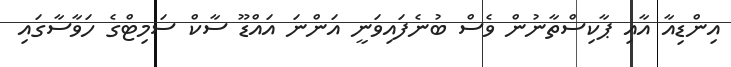
އިންޑިއާ އާއި ޕާކިސްތާނުން ވެސް ބުނެފައިވަނީ އަންނަ އައްޑޫ ސާކް ސަމިޓްގެ ހަވާސާގައި